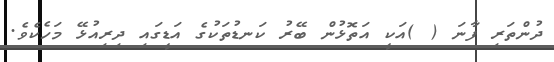
ދުންތަރި ފާނަ ( )އަކީ އަތޮޅުން ބޭރު ކަނޑުތަކުގެ އަޑީގައި ދިރިއުޅޭ މަހެކެވެ.